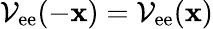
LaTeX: \mathcal{V}_{\mathrm{ee}}(-{\mathbf x})=\mathcal{V}_{\mathrm{ee}}({\mathbf x})